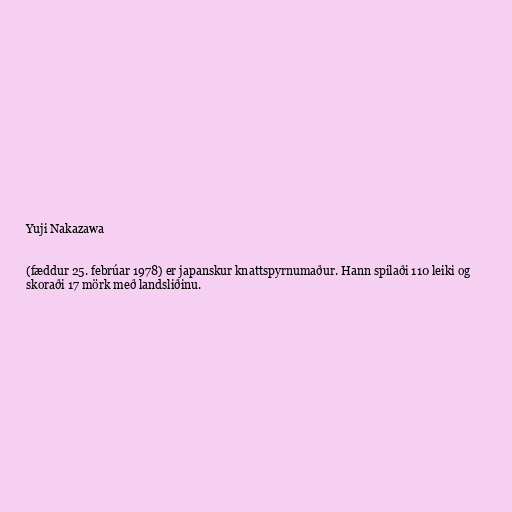
Yuji Nakazawa

(fæddur 25. febrúar 1978) er japanskur knattspyrnumaður. Hann spilaði 110 leiki og
skoraði 17 mörk með landsliðinu.